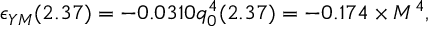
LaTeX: \epsilon _ { Y M } ( 2 . 3 7 ) = - 0 . 0 3 1 0 q _ { 0 } ^ { 4 } ( 2 . 3 7 ) = - 0 . 1 7 4 \times M ^ { 4 } ,